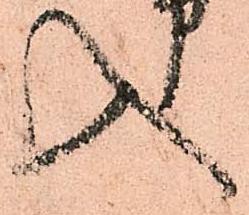
入